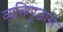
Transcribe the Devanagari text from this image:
व्यक्तिपूजासे